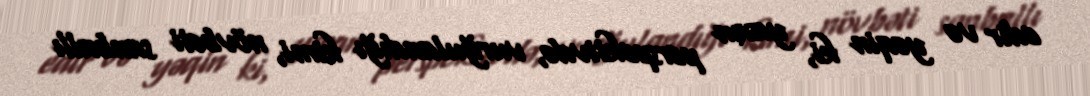
edir və yəqin ki, yaxın perspektivdə, vurğulandığı kimi, növbəti sanballı